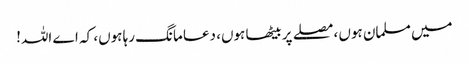
میں مسلمان ہوں ، مصلے پر بیٹھا ہوں، دعا مانگ رہا ہوں، کہ اے اللہ!